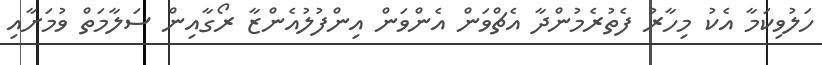
ހަލުވިކަމާ އެކު މިހާރު ފެތުރެމުންދާ އެޗްވަން އެންވަން އިންފުލުއެންޒާ ރޯގާއިން ސަލާމަތް ވުމަށާއި